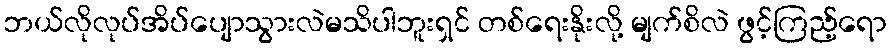
ဘယ်လိုလုပ်အိပ်ပျောသွားလဲမသိပါဘူးရှင် တစ်ရေးနိုးလို့ မျက်စိလဲ ဖွင့်ကြည့်ရော